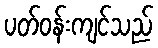
ပတ်ဝန်းကျင်သည်